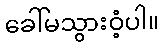
ခေါ်မသွားဝံ့ပါ။